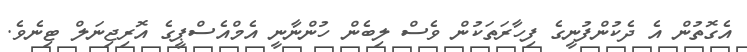
އެގޮތުން އެ ދެކުންފުނީގެ ފިހާރަތަކުން ވެސް ލިބެން ހުންނާނީ އެމްއެސްޕީގެ އޮރިޖިނަލް ޓިނެވެ.